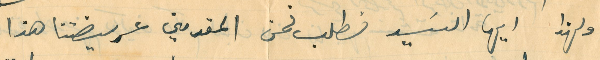
ولهذا ايها السَيد نطلب نحن المقدمين عريضتنا هذا